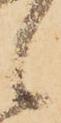
候